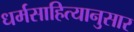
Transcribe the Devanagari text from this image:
धर्मसाहित्यानुसार